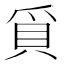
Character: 𭶰